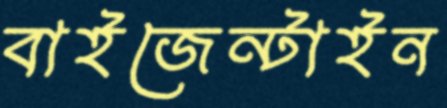
বাইজেন্টাইন